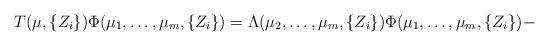
LaTeX: \begin{align*}T( \mu , \{ Z_i \} ) \Phi ( \mu_1 , \ldots , \mu_m, \{ Z_i \} ) =\Lambda ( \mu_2 , \ldots , \mu_m , \{ Z_i \} ) \Phi ( \mu_1, \ldots , \mu_m , \{ Z_i \} ) -\end{align*}